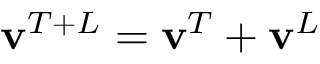
\mathbf { v } ^ { T + L } = \mathbf { v } ^ { T } + \mathbf { v } ^ { L }